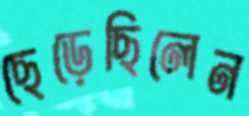
ছেড়েছিলেন